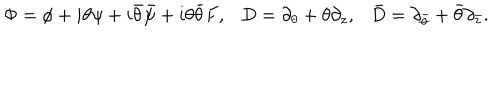
\Phi = \phi + i \theta \psi + i \bar { \theta } \bar { \psi } + i \theta \bar { \theta } F , D = \partial _ { \theta } + \theta \partial _ { z } , \bar { D } = \partial _ { \bar { \theta } } + \bar { \theta } \partial _ { \bar { z } } .